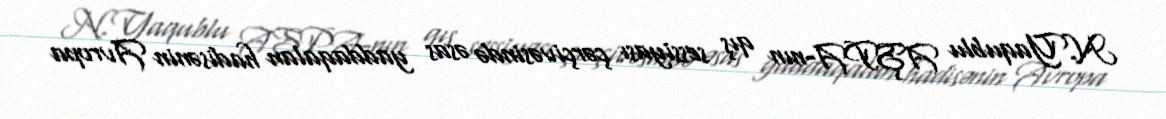
N.Yaqublu AŞPA-nın qış sessiyası çərçivəsində əsas yaddaqalan hadisənin Avropa